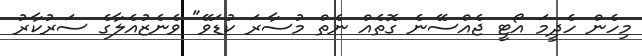
މިހެން ހެދީމަ އޯޓީ ޖެއްސޭނެ ގޮތެއް ނެތް މުސާރަ ކުޑަވޭ" ވެނެޒުއެލާގެ ސަރުކާރު